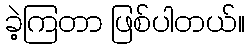
ခဲ့ကြတာ ဖြစ်ပါတယ်။